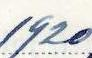
1920